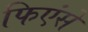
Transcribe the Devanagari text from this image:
फिएंसे